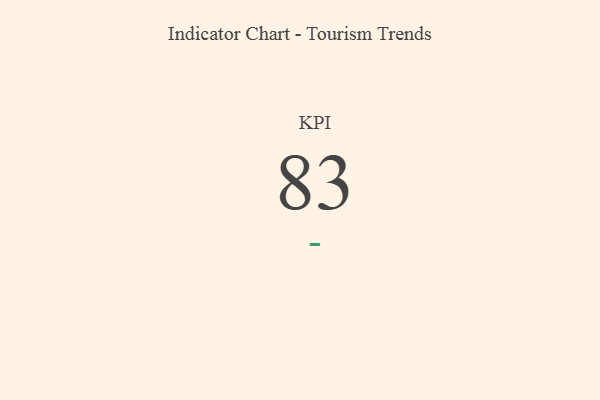
{"axis": {"x": "KPI", "y": "Value"}, "legend": [""], "data": [{"x": "KPI", "y": 83, "type": ""}]}